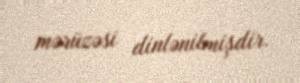
mərüzəsi dinlənilmişdir.